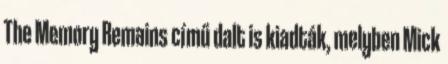
The Memory Remains című dalt is kiadták, melyben Mick